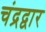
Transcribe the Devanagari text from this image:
चंद्रद्वार